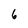
Character: 6